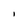
Character: l